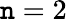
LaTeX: \mathtt{n}=2